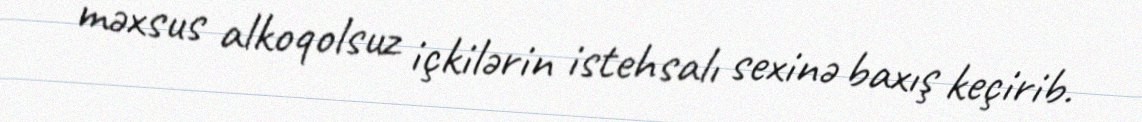
məxsus alkoqolsuz içkilərin istehsalı sexinə baxış keçirib.